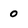
Character: o